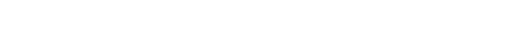
တဿေဝအရူပါဝစရဿ။ ပ။ ဝိဟရတီတိ၊ ဟူ၍။ အာဟ၊ ၏။